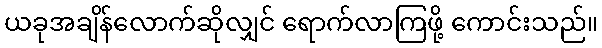
ယခုအချိန်လောက်ဆိုလျှင် ရောက်လာကြဖို့ ကောင်းသည်။